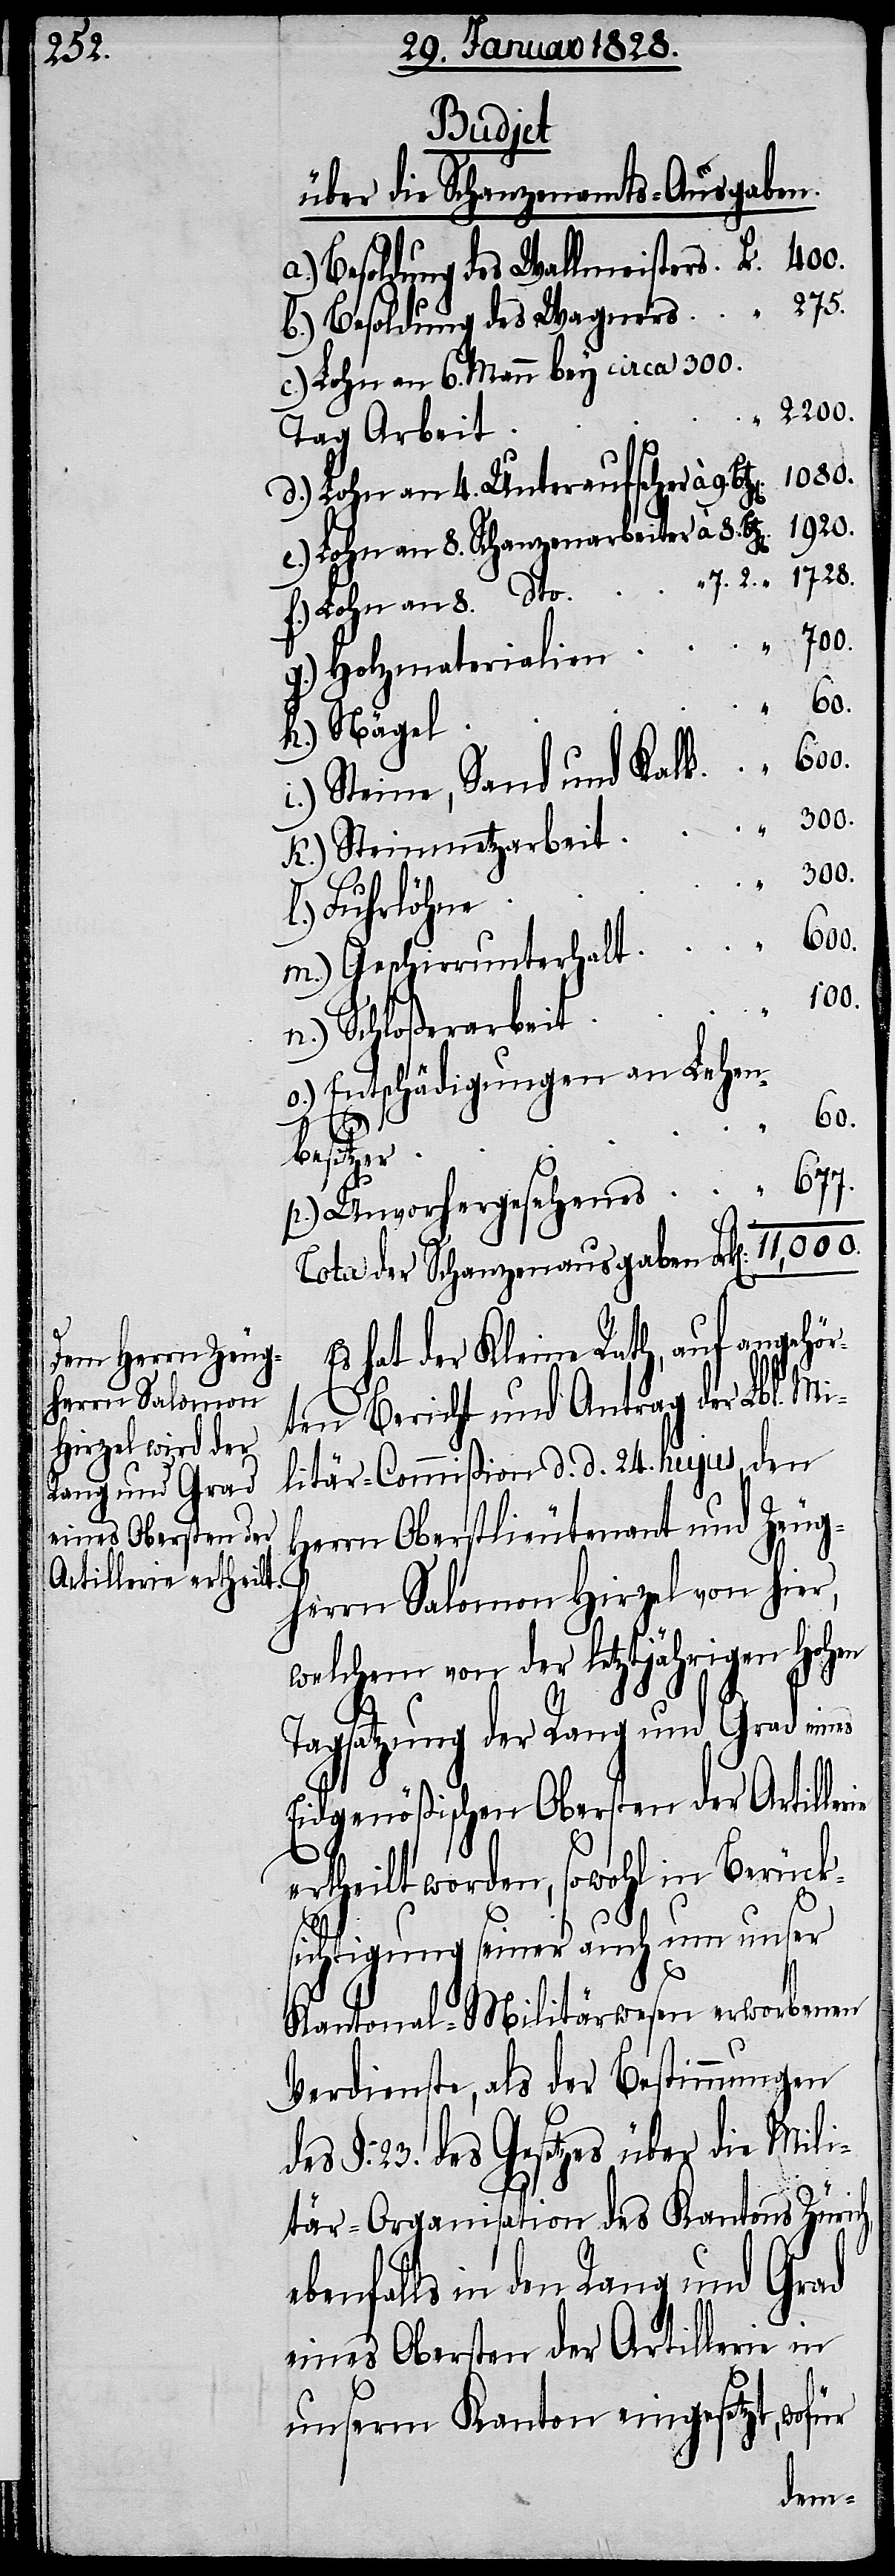
erialien
über die Schanzenamts-Ausgaben.
b.) Besoldung des Wagners
c.) Lohn an 6. Mann bey circa 300.
2200.
Tag Arbeit
d.) Lohn an 4. Unteraufseher à 9.
e.) Lohn an 8. Schanzenarbeiter à 8.
h,
f.) Lohn an 8. dto.
h.) Nägel
i.) Steine, Sand und Kalk
k.) Steinmetzarbeit
300.
l.) Fuhrlöhne
600.
m.) Geschirrunterhalt
11,000.
n.) Schloßerarbeit
o.) Entschädigungen an Lehen¬
60.
besitzer
p.) Unvorhergesehenes
Total der Schanzenausgaben Frk[en].
Es hat der Kleine Rath, auf angehör¬
ten Bericht und Antrag der Lbl. Mi¬
litär-Commißion d. d. 24. hujus, den
Herrn Oberstlieutenant und Zeug¬
herrn Salomon Hirzel von hier,
welchem von der letztjährigen Hohen
Tagsatzung der Rang und Grad eines
Eidgenößischen Obersten der Artille¬
ertheilt worden, sowohl in Berück¬
sichtigung seiner auch um unser
Kantonal-Militärwesen erworbenen
Verdienste, als der Bestimmungen
§: 23. des Gesetzes über die Mili¬
tär-Organisation des Kantons Züric¬
ebenfalls in den Rang und Grad
eines Obersten der Artillerie in
unserm Kanton eingesetzt, wofür